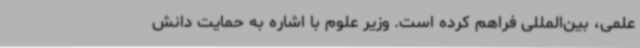
علمی، بین‌المللی فراهم کرده است. وزیر علوم با اشاره به حمایت دانش